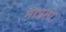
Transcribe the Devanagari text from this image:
गाउता